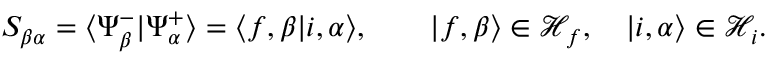
S _ { \beta \alpha } = \langle \Psi _ { \beta } ^ { - } | \Psi _ { \alpha } ^ { + } \rangle = \langle f , \beta | i , \alpha \rangle , \qquad | f , \beta \rangle \in { \mathcal { H } } _ { f } , \quad | i , \alpha \rangle \in { \mathcal { H } } _ { i } .